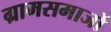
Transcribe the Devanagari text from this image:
ग्रामसमाजों